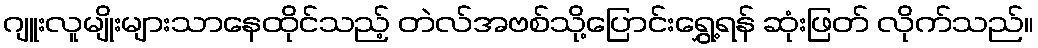
ဂျူးလူမျိုးများသာနေထိုင်သည့် တဲလ်အဗစ်သို့ပြောင်းရွှေ့ရန် ဆုံးဖြတ် လိုက်သည်။